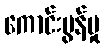
ကောင်းမွန်မှု